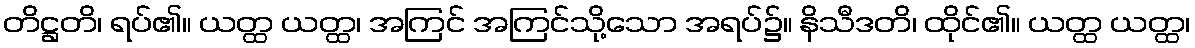
တိဋ္ဌတိ၊ ရပ်၏။ ယတ္ထ ယတ္ထ၊ အကြင် အကြင်သို့သော အရပ်၌။ နိသီဒတိ၊ ထိုင်၏။ ယတ္ထ ယတ္ထ၊